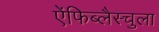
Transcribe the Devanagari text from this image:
ऐंफिब्लैस्चुला